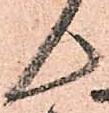
ん